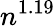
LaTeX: n^{1.19}